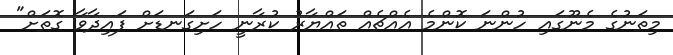
މިތަނުގެ މެނޫގައި ހުންނަ ކޮންމެ އެއްޗެއް ތައްޔާރު ކުރާނީ ހަށިގަނޑަށް ފައިދާވާ ގޮތަށް"